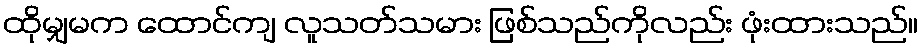
ထိုမျှမက ထောင်ကျ လူသတ်သမား ဖြစ်သည်ကိုလည်း ဖုံးထားသည်။